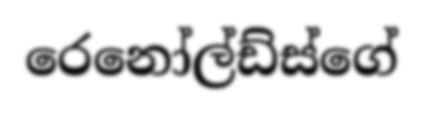
රෙනෝල්ඩ්ස්ගේ